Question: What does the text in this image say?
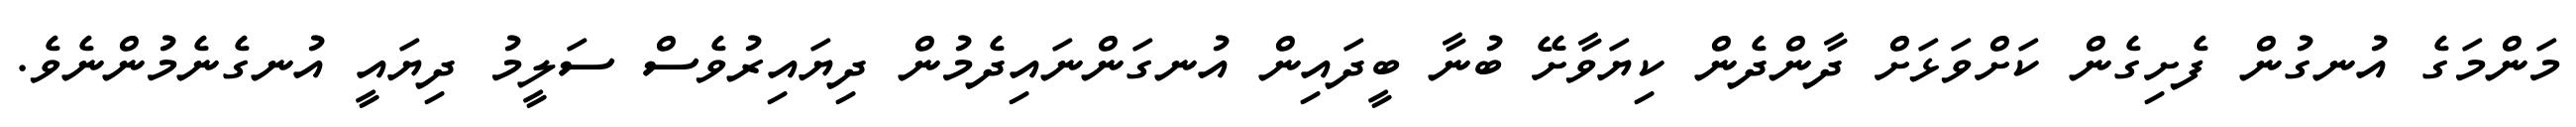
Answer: މަންމަގެ އުނގުން ފެށިގެން ކަށްވަޅަށް ދާންދެން ކިޔަވާށޭ ބުނާ ބީދައިން އުނގަންނައިދެމުން ދިޔައިރުވެސް ސަލީމު ދިޔައީ އުނގެނެމުންނެވެ.